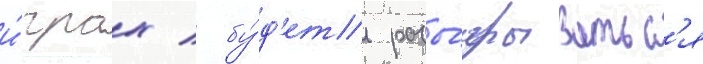
и́грах / бу́д'ет разы́грыватьс'я